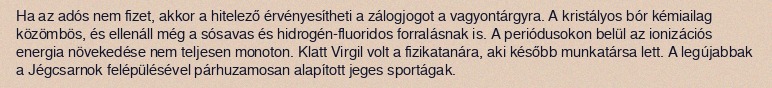
Ha az adós nem fizet, akkor a hitelező érvényesítheti a zálogjogot a vagyontárgyra. A kristályos bór kémiailag közömbös, és ellenáll még a sósavas és hidrogén-fluoridos forralásnak is. A periódusokon belül az ionizációs energia növekedése nem teljesen monoton. Klatt Virgil volt a fizikatanára, aki később munkatársa lett. A legújabbak a Jégcsarnok felépülésével párhuzamosan alapított jeges sportágak.